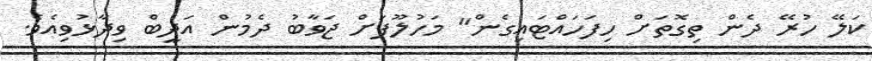
ކަލޭ ހުރޭ ދެން ތިގޮތަށް ހިފަހައްޓައިގެން" މަހުލޫފަށް ޖަވާބު ދެމުން އަދީބް ވިދާޅުވިއެވެ.